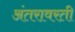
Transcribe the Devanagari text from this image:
अंतरावरती